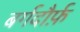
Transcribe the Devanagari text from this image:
बर्गदौर्फ़